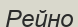
Рейно